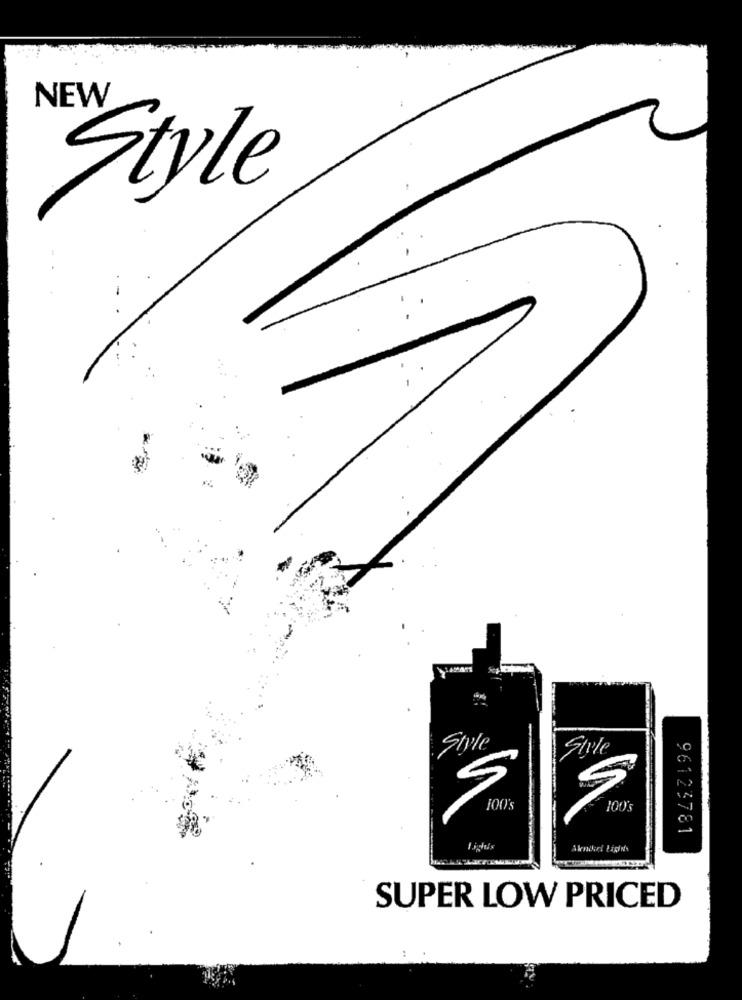
NEW
Style
Style
Style
96123781
SUPER LOW PRICED